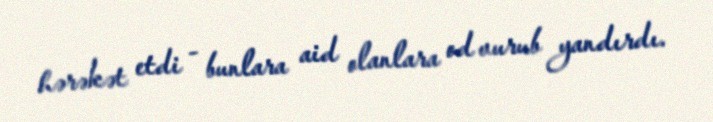
hərəkət etdi - bunlara aid olanlara od vurub yandırdı.